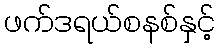
ဖက်ဒရယ်စနစ်နှင့်